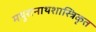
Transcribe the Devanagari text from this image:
मथुरानाथशास्त्रिकृत